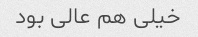
خیلی هم عالی بود